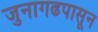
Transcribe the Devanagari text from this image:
जुनागढपासून